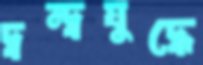
দ্বন্দ্বযুদ্ধে